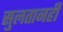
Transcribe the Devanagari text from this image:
सुलतानही